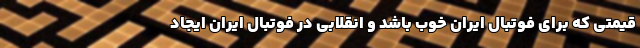
قیمتی که برای فوتبال ایران خوب باشد و انقلابی در فوتبال ایران ایجاد